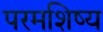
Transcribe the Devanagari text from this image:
परमशिष्य